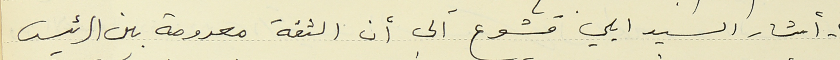
٢- أشار السيد ايلي قشوع الى أن الثقة معدومة بين الرئيس